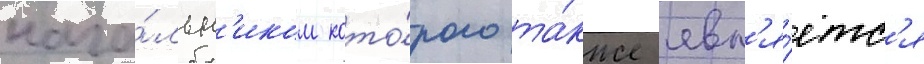
нача́льн'иком кото́рого та́кже явл'я́етс'я